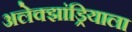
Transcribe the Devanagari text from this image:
अलेक्झांड्रियाला